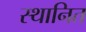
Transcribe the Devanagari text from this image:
स्थानित